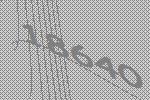
18640